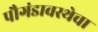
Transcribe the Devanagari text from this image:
पौगंडावस्थेचा